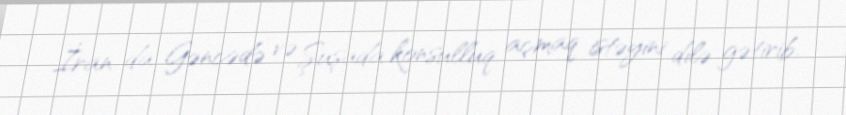
İran da Gəncədə və Şuşada konsulluq açmaq istəyini dilə gətirib.